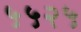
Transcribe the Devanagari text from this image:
५५२५